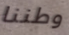
وطننا